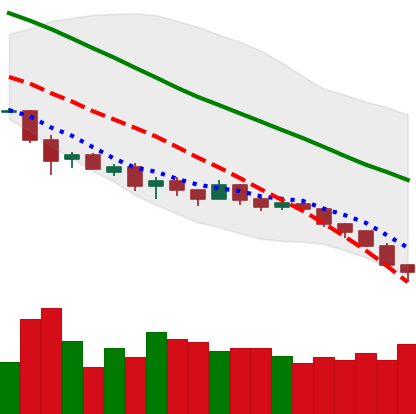
Ticker: EOS-USD
Chart end date: 2018-12-07
Forward return: 13.558%
Label: up_7plus